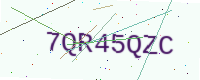
Text: 7QR45QZC